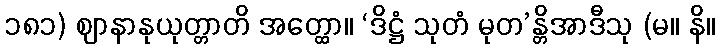
၁၈၁) ဈာနာနုယုတ္တာတိ အတ္ထော။ ‘ဒိဋ္ဌံ သုတံ မုတ’န္တိအာဒီသု (မ။ နိ။